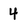
Character: 4